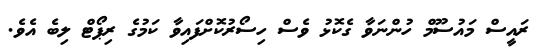
ރައީސް މައުސޫމް ހުންނަވާ ގެކޮޅު ވެސް ހިސޯރުކޮށްފައިވާ ކަމުގެ ރިޕޯޓް ލިބެ އެވެ.